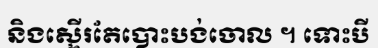
និងស្ទើរតែបោះបង់ចោល ។ ទោះបី